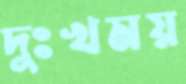
দুঃখময়